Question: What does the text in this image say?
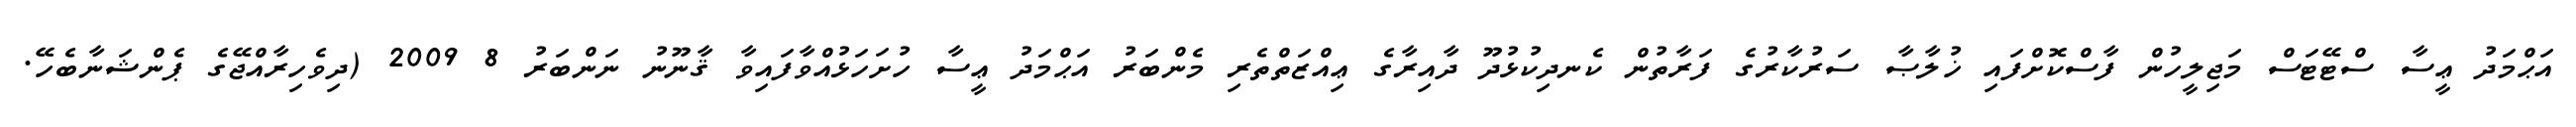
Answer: އަޙްމަދު ޢީސާ ސްޓޭޓަސް މަޖިލީހުން ފާސްކޮށްފައި ޚުލާޞާ ސަރުކާރުގެ ފަރާތުން ކެނދިކުޅުދޫ ދާއިރާގެ ޢިއްޒަތްތެރި މެންބަރު އަޙްމަދު ޢީސާ ހުށަހަޅުއްވާފައިވާ ޤާނޫނު ނަންބަރު 8 2009 (ދިވެހިރާއްޖޭގެ ޕެންޝަނާބެހޭ.